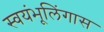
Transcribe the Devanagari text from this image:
स्वयंभूलिंगास